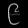
Digit: ၉